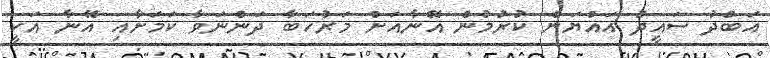
އަބްދު ސައީދު އައްޔަން ކުރުމުން އޭނާއަށް މަރުހަބާ ދަންނަވާ ކަމަށާއި އޭނާ އަކީ